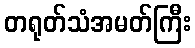
တရုတ်သံအမတ်ကြီး